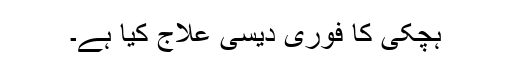
ہچکی کا فوری دیسی علاج کیا ہے۔